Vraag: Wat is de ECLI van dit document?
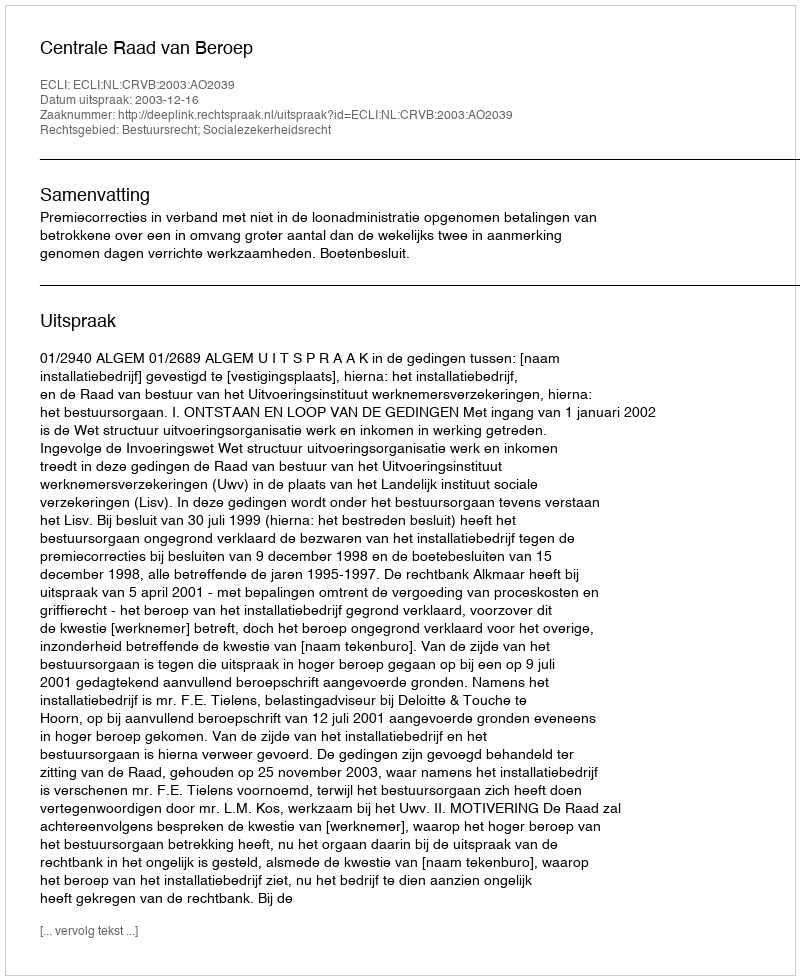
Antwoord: ECLI:NL:CRVB:2003:AO2039